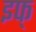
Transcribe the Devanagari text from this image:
इफ्